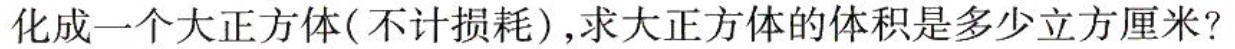
化成一个大正方体(不计损耗)，求大正方体的体积是多少立方厘米?